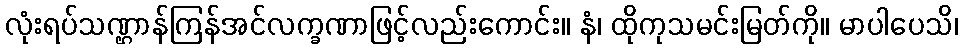
လုံးရပ်သဏ္ဌာန်ကြန်အင်လက္ခဏာဖြင့်လည်းကောင်း။ နံ၊ ထိုကုသမင်းမြတ်ကို။ မာပါပေသိ၊